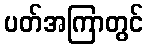
ပတ်အကြာတွင်